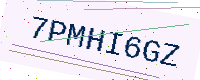
Text: 7PMHI6GZ